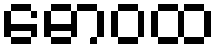
ဓောဝထ